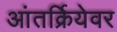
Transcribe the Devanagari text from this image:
आंतर्क्रियेवर